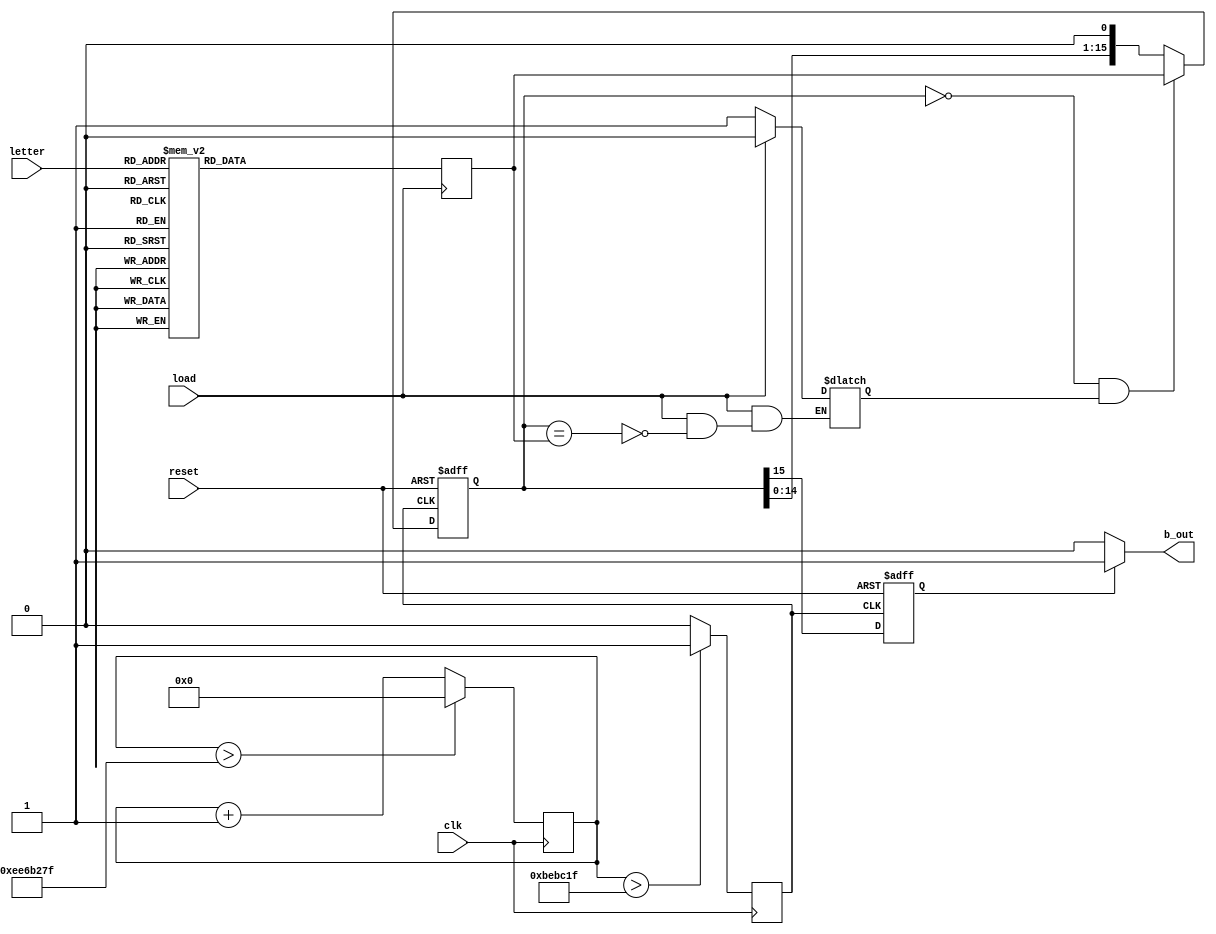
module morse_code_ver2(clk,reset,load,letter,b_out);
input clk,reset,load;
input [2:0]letter;
output  b_out;
reg [15:0]data_in,data_in2;
reg state,next_state,hzout,en;
reg [24:0]count;
reg b_out1;

initial
begin
count=0;
data_in=0;
data_in2=0;
state=0;
next_state=0;
en=0;
b_out1=0;
end


always @(posedge clk)
begin
  if(count>249999999)count<=0;
   else count<=count+1;
	
	hzout<=(count>12499999)?1:0;
  
  
 end
 







parameter A = 16'b0100011100000000, A1=3'b0, //state encoding
B = 16'b0001110101010000,           B1=3'b001,
C = 16'b0001110100011101,           C1=3'b010,
D = 16'b0001110101000000,           D1=3'b011,
E = 16'b0100000000000000,           E1=3'b100,
F = 16'b0101000111010000,           F1=3'b101,
G = 16'b0001110001110100,           G1=3'b110,
H = 16'b0101010100000000,           H1=3'b111;




always @(negedge load/*,data_in2*/)
begin
//en=0;
     case(letter)
	   A1: data_in=A;
		B1: data_in=B;
	   C1: data_in=C;
		D1: data_in=D;
	   E1: data_in=E;
		F1: data_in=F;
	   G1: data_in=G;
		H1: data_in=H;
		default : data_in=0;
		endcase
//if(data_in2==0)en=1;
end


always @(load,data_in2)
if(load==0)en=1;
else if(data_in2==data_in)  en=0;
//else en=en;
 
 
 always @(posedge hzout,negedge reset)
  begin
  if(reset==0)data_in2<=0;
  else
  begin
     if(data_in2==0&&en==1)
	    data_in2<=data_in;
	  else
	   data_in2 <=data_in2<<1; 
	end	
		
  end
		  
	  
	     
//assign b_out=data_in2[15];





/*

always @(posedge clk)
begin
  if(count>249)count<=0;
   else count<=count+1;
	
	hzout<=(count>12499999)?1:0;
  
  
 end*/
 
 
 
 
 always @(posedge hzout,negedge reset)
 if(reset==0)state<=0; else state<=next_state;
 
 
 
 always @(state,data_in2)
  begin
  
  b_out1=0;
 
  
 // data_in=data_in<<1;
  
   next_state=data_in2[15];
  if(state==1)
   b_out1=1;
  
  end
  
  assign b_out=b_out1;
  
  
  endmodule